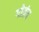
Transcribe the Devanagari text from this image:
गोत्रंच